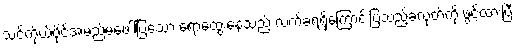
သင့်ကိုယ်ပိုင်အမည်မဖေါ်ပြသော ရောထွေးနေသည့် လက်ခံရရှိကြောင်းပြသည့်ခလုတ်ကို ဖွင့်ထားပြီး